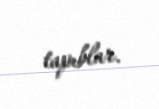
tapıblar.